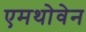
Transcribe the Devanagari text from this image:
एमथोवेन